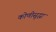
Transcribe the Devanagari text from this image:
कोणीसुद्धा